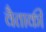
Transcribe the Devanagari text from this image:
वैताकी